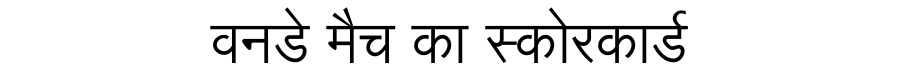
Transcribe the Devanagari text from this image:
वनडे मैच का स्कोरकार्ड